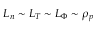
L _ { n } \sim L _ { T } \sim L _ { \Phi } \sim \rho _ { p }